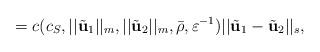
LaTeX: \begin{align*}= c(c_{S}, ||\tilde{\textbf{u}}_{1}||_{m}, ||\tilde{\textbf{u}}_{2}||_{m}, \bar{\rho}, \varepsilon^{-1}) ||\tilde{\textbf{u}}_{1}-\tilde{\textbf{u}}_{2}||_{s},\end{align*}